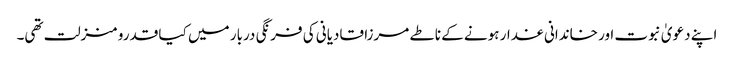
اپنے دعویٰ نبوت اور خاندانی غدار ہونے کے ناطے مرزا قادیانی کی فرنگی دربار میں کیا قدرو منزلت تھی۔